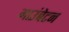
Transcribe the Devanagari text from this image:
माउंबेटन